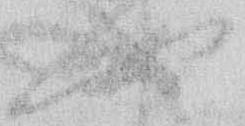
や